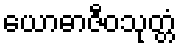
ယောဓာဇီဝသုတ္တံ